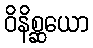
ဝိနိစ္ဆယော